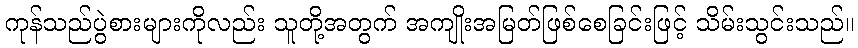
ကုန်သည်ပွဲစားများကိုလည်း သူတို့အတွက် အကျိုးအမြတ်ဖြစ်စေခြင်းဖြင့် သိမ်းသွင်းသည်။